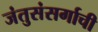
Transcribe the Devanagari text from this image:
जंतुसंसर्गाची